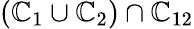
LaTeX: (\mathbb{C}_{1}\cup\mathbb{C}_{2})\cap\mathbb{C}_{12}